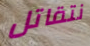
نتقاتل